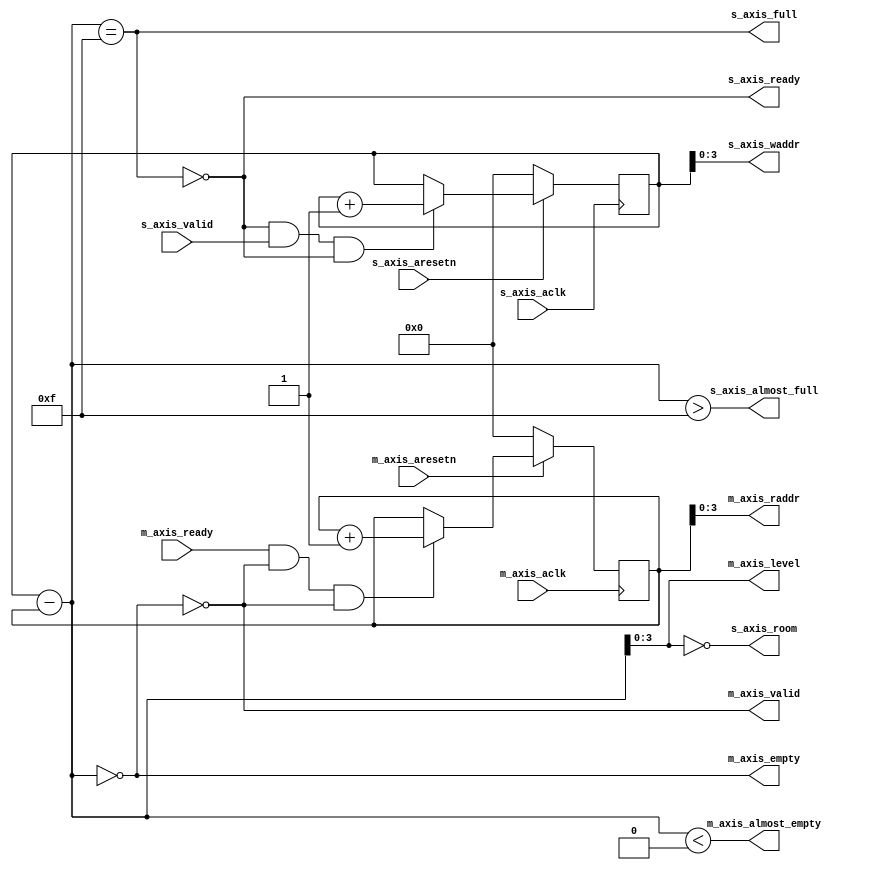
// ***************************************************************************
// ***************************************************************************
// Copyright (C) 2014-2023 Analog Devices, Inc. All rights reserved.
//
// In this HDL repository, there are many different and unique modules, consisting
// of various HDL (Verilog or VHDL) components. The individual modules are
// developed independently, and may be accompanied by separate and unique license
// terms.
//
// The user should read each of these license terms, and understand the
// freedoms and responsibilities that he or she has by using this source/core.
//
// This core is distributed in the hope that it will be useful, but WITHOUT ANY
// WARRANTY; without even the implied warranty of MERCHANTABILITY or FITNESS FOR
// A PARTICULAR PURPOSE.
//
// Redistribution and use of source or resulting binaries, with or without modification
// of this file, are permitted under one of the following two license terms:
//
//   1. The GNU General Public License version 2 as published by the
//      Free Software Foundation, which can be found in the top level directory
//      of this repository (LICENSE_GPL2), and also online at:
//      <https://www.gnu.org/licenses/old-licenses/gpl-2.0.html>
//
// OR
//
//   2. An ADI specific BSD license, which can be found in the top level directory
//      of this repository (LICENSE_ADIBSD), and also on-line at:
//      https://github.com/analogdevicesinc/hdl/blob/master/LICENSE_ADIBSD
//      This will allow to generate bit files and not release the source code,
//      as long as it attaches to an ADI device.
//
// ***************************************************************************
// ***************************************************************************

`timescale 1ns/1ps

module util_axis_fifo_address_generator #(
  parameter ASYNC_CLK = 0,                // single or double clocked FIFO
  parameter ADDRESS_WIDTH = 4,            // address width, effective FIFO depth
  parameter [ADDRESS_WIDTH-1:0] ALMOST_EMPTY_THRESHOLD = 16,
  parameter [ADDRESS_WIDTH-1:0] ALMOST_FULL_THRESHOLD = 16
) (

  // Read interface - Sink side

  input m_axis_aclk,
  input m_axis_aresetn,
  input m_axis_ready,
  output m_axis_valid,
  output m_axis_empty,
  output m_axis_almost_empty,
  output [ADDRESS_WIDTH-1:0] m_axis_raddr,
  output [ADDRESS_WIDTH-1:0] m_axis_level,

  // Write interface - Source side

  input s_axis_aclk,
  input s_axis_aresetn,
  output s_axis_ready,
  input s_axis_valid,
  output  s_axis_full,
  output  s_axis_almost_full,
  output [ADDRESS_WIDTH-1:0] s_axis_waddr,
  output [ADDRESS_WIDTH-1:0] s_axis_room
);

  localparam FIFO_DEPTH = {ADDRESS_WIDTH{1'b1}};

  // Definition of address counters
  // All the counters are wider with one bit to indicate wraparounds
  reg [ADDRESS_WIDTH:0] s_axis_waddr_reg = 'h0;
  reg [ADDRESS_WIDTH:0] m_axis_raddr_reg = 'h0;

  wire [ADDRESS_WIDTH:0] s_axis_raddr_reg;
  wire [ADDRESS_WIDTH:0] m_axis_waddr_reg;

  wire s_axis_write_s;
  wire s_axis_ready_s;

  wire m_axis_read_s;
  wire m_axis_valid_s;
  wire [ADDRESS_WIDTH-1:0] m_axis_level_s;

  // Write address counter

  assign s_axis_write_s = s_axis_ready && s_axis_valid && ~s_axis_full;
  always @(posedge s_axis_aclk)
  begin
    if (!s_axis_aresetn)
      s_axis_waddr_reg <= 'h0;
    else
      if (s_axis_write_s)
        s_axis_waddr_reg <= s_axis_waddr_reg + 1'b1;
  end

  // Read address counter

  assign m_axis_read_s = m_axis_ready && m_axis_valid && ~m_axis_empty;
  always @(posedge m_axis_aclk)
  begin
    if (!m_axis_aresetn)
      m_axis_raddr_reg <= 'h0;
    else
      if (m_axis_read_s)
        m_axis_raddr_reg <= m_axis_raddr_reg + 1'b1;
  end

  // Output assignments

  assign s_axis_waddr = s_axis_waddr_reg[ADDRESS_WIDTH-1:0];
  assign m_axis_raddr = m_axis_raddr_reg[ADDRESS_WIDTH-1:0];

  // CDC circuits for double clock configuration

  generate if (ASYNC_CLK == 1) begin : g_async_clock
    // CDC transfer of the write pointer to the read clock domain
    sync_gray #(
      .DATA_WIDTH(ADDRESS_WIDTH + 1)
    ) i_waddr_sync_gray (
      .in_clk(s_axis_aclk),
      .in_resetn(s_axis_aresetn),
      .out_clk(m_axis_aclk),
      .out_resetn(m_axis_aresetn),
      .in_count(s_axis_waddr_reg),
      .out_count(m_axis_waddr_reg));

    // CDC transfer of the read pointer to the write clock domain
    sync_gray #(
      .DATA_WIDTH(ADDRESS_WIDTH + 1)
    ) i_raddr_sync_gray (
      .in_clk(m_axis_aclk),
      .in_resetn(m_axis_aresetn),
      .out_clk(s_axis_aclk),
      .out_resetn(s_axis_aresetn),
      .in_count(m_axis_raddr_reg),
      .out_count(s_axis_raddr_reg));
  end else begin
    assign m_axis_waddr_reg = s_axis_waddr_reg;
    assign s_axis_raddr_reg = m_axis_raddr_reg;
  end
  endgenerate

  //------------------------------------------------------------------------------
  // FIFO write logic - upstream
  //
  // s_axis_full  - FIFO is full if next write pointer equal to read pointer
  // s_axis_ready - FIFO is always ready, unless it's full
  //
  //------------------------------------------------------------------------------

  wire [ADDRESS_WIDTH:0] s_axis_fifo_fill = s_axis_waddr_reg - s_axis_raddr_reg;
  assign s_axis_full = (s_axis_fifo_fill == {ADDRESS_WIDTH{1'b1}});
  assign s_axis_almost_full = s_axis_fifo_fill > {1'b0, ~ALMOST_FULL_THRESHOLD};
  assign s_axis_ready = ~s_axis_full;
  assign s_axis_room = ~s_axis_fifo_fill;

  //------------------------------------------------------------------------------
  // FIFO read logic - downstream
  //
  // m_axis_empty - FIFO is empty if read pointer equal to write pointer
  // m_axis_valid - FIFO has a valid output data, if it's not empty
  //
  //------------------------------------------------------------------------------

  wire [ADDRESS_WIDTH:0] m_axis_fifo_fill = m_axis_waddr_reg - m_axis_raddr_reg;
  assign m_axis_empty = m_axis_fifo_fill == 0;
  assign m_axis_almost_empty = (m_axis_fifo_fill < ALMOST_EMPTY_THRESHOLD);
  assign m_axis_valid = ~m_axis_empty;
  assign m_axis_level = m_axis_fifo_fill;

endmodule